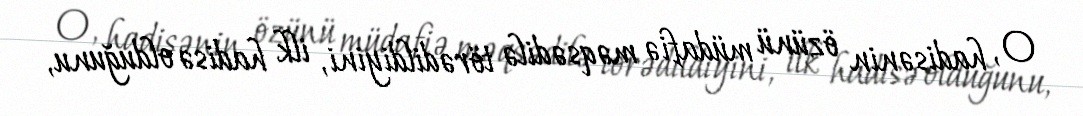
O, hadisənin özünü müdafiə məqsədilə törədildiyini, ilk hadisə olduğunu,